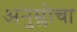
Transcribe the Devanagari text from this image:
अनुम्लोचा